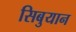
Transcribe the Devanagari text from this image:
सिबुयान